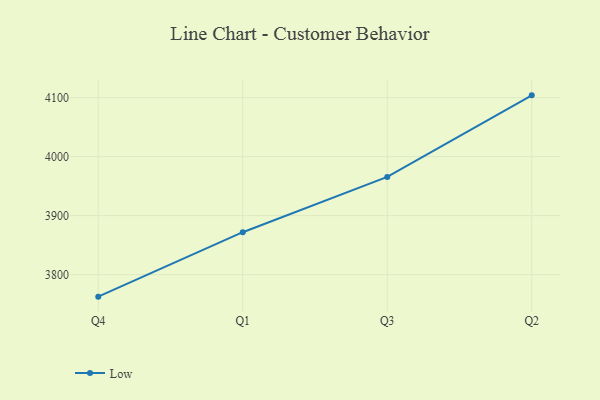
{"axis": {"x": "Quarter", "y": "Energy Usage (MWh)"}, "legend": ["Low"], "data": [{"x": "Q4", "y": 3762.6, "type": "Low"}, {"x": "Q1", "y": 3871.9, "type": "Low"}, {"x": "Q3", "y": 3965.6, "type": "Low"}, {"x": "Q2", "y": 4104.0, "type": "Low"}]}